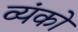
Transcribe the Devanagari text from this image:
व्यंको